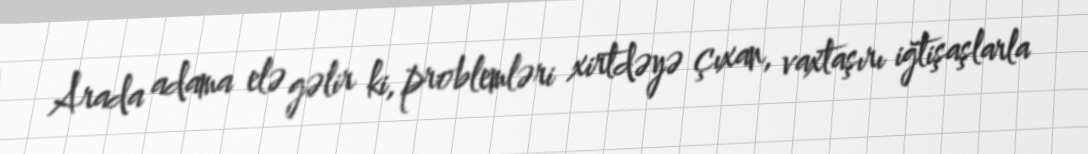
Arada adama elə gəlir ki, problemləri xirtdəyə çıxan, vaxtaşırı iğtişaşlarla